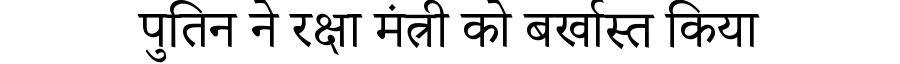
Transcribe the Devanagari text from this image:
पुतिन ने रक्षा मंत्री को बर्खास्त किया